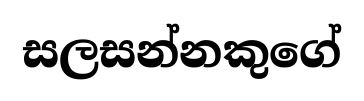
සලසන්නකුගේ